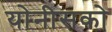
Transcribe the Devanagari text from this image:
योनीसको